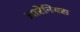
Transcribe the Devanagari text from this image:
आरेनियस